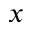
x